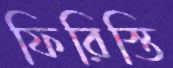
ফিরিস্তি